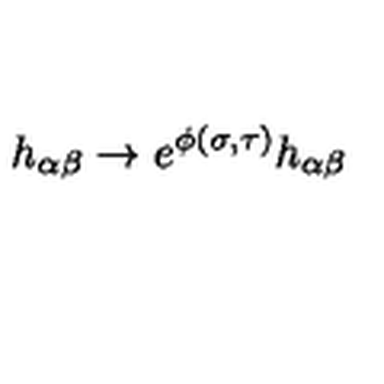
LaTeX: h _ { \alpha \beta } \to e ^ { \phi ( \sigma , \tau ) } h _ { \alpha \beta }